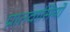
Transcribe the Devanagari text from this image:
प्रातवासियों